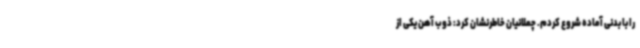
را با بدنی آماده شروع کردم. چملانیان خاطرنشان کرد: ذوب آهن یکی از